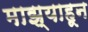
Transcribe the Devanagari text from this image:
माझ्याहून